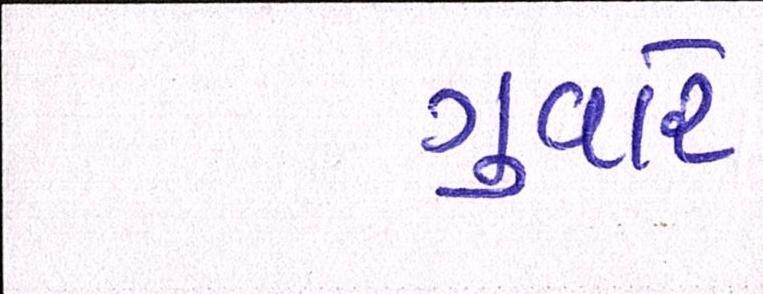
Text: ગુવારે